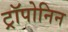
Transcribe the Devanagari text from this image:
ट्रॉपोनिन